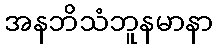
အနဘိသံဘူနမာနာ